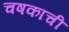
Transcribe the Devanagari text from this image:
चषकाची